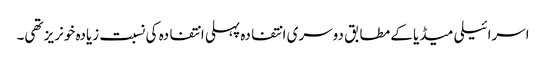
اسرائیلی میڈیا کے مطابق دوسری انتفادہ پہلی انتفادہ کی نسبت زیادہ خونریز تھی۔